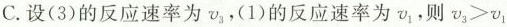
C.设(3)的反应速率为v_{3}，(1)的反应速率为v_{1}，则$$v _ { 3 } > v _ { 1 }$$